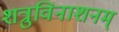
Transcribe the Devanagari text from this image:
शत्रुविनाशनम्